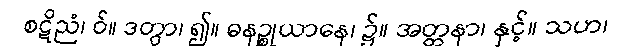
စဋိညံ၊ ဝ်။ ဒတွာ၊ ၍။ ဓနဉ္စုယာနေ၊ ၌။ အတ္တနာ၊ နှင့်။ သဟ၊